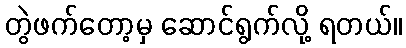
တွဲဖက်တော့မှ ဆောင်ရွက်လို့ ရတယ်။